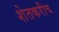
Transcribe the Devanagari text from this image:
शेतकरीच